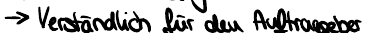
-> Verständlich für den Auftraggeber